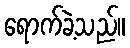
ရောက်ခဲ့သည်။